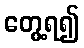
တွေ့ရ၍